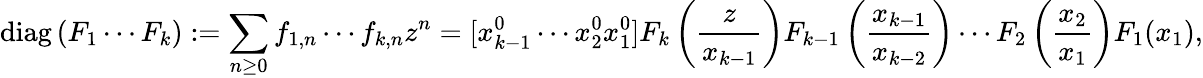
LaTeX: \operatorname{diag}\left(F_{1}\cdots F_{k}\right):=\sum_{n\geq 0}f_{1,n}\cdots f_{k,n}z^{n}=[x_{k-1}^{0}\cdots x_{2}^{0}x_{1}^{0}]F_{k}\left({\frac{z}{x_{k-1}}}\right)F_{k-1}\left({\frac{x_{k-1}}{x_{k-2}}}\right)\cdots F_{2}\left({\frac{x_{2}}{x_{1}}}\right)F_{1}(x_{1}),